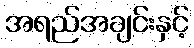
အရည်အချင်းနှင့်